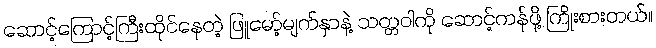
ဆောင့်ကြောင့်ကြီးထိုင်နေတဲ့ ဖြူမော့်မျက်နှာနဲ့ သတ္တဝါကို ဆောင့်ကန်ဖို့ ကြိုးစားတယ်။